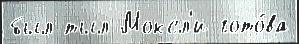
был тыл Моксл'и гото́ва